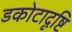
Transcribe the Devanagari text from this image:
डकोटादृष्टि